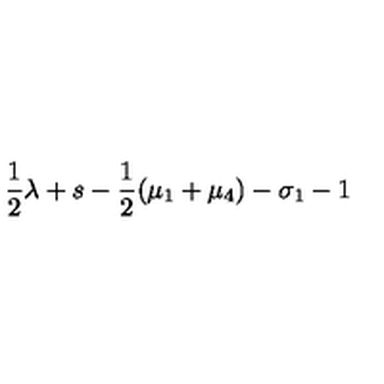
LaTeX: \frac { 1 } { 2 } \lambda + s - \frac { 1 } { 2 } ( \mu _ { 1 } + \mu _ { 4 } ) - \sigma _ { 1 } - 1